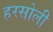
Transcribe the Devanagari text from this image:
हरसोली